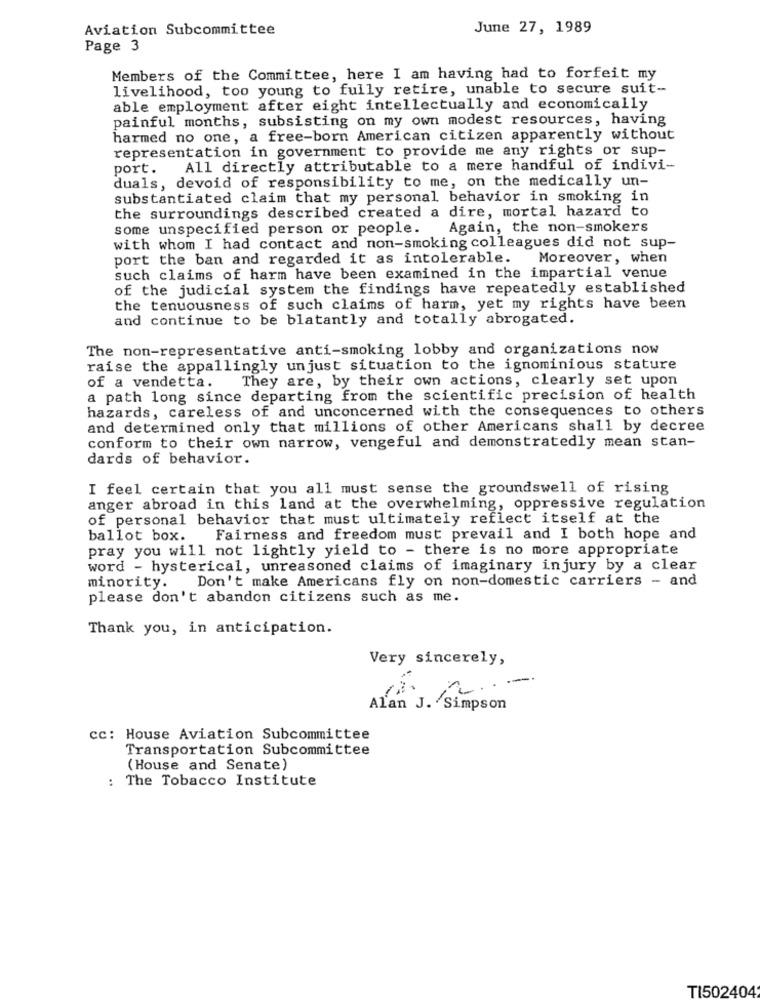
Aviation Subcommittee
June 27, 1989
Page 3
Members of the Committee, here I am having had to forfeit my
livelihood, too young to fully retire, unable to secure suit-
able employment after eight intellectually and economically
painful months, subsisting on my own modest resources, having
harmed no one, a free-born American citizen apparently without
representation in government to provide me any rights or sup-
port.
All directly attributable to a mere handful of indivi-
duals, devoid of responsibility to me, on the medically un-
substantiated claim that my personal behavior in smoking in
the surroundings described created a dire, mortal hazard to
some unspecified person or people.
Again, the non-smokers
with whom I had contact and non-smoking colleagues did not sup-
port the ban and regarded it as intolerable.
Moreover, when
such claims of harm have been examined in the impartial venue
of the judicial system the findings have repeatedly established
the tenuousness of such claims of harm, yet my rights have been
and continue to be blatantly and totally abrogated.
The non-representative anti-smoking lobby and organizations now
raise the appallingly unjust situation to the ignominious stature
They are, by their own actions, clearly set upon
of a vendetta.
a path long since departing from the scientific precision of health
hazards, careless of and unconcerned with the consequences to others
and determined only that millions of other Americans shall by decree
conform to their own narrow, vengeful and demonstratedly mean stan-
dards of behavior.
I feel certain that you all must sense the groundswell of rising
anger abroad in this land at the overwhelming, oppressive regulation
of personal behavior that must ultimately reflect itself at the
ballot box.
Fairness and freedom must prevail and I both hope and
pray you will not lightly yield to - there is no more appropriate
word - hysterical, unreasoned claims of imaginary injury by a clear
minority. Don't make Americans fly on non-domestic carriers - and
please don't abandon citizens such as me.
Thank you, in anticipation.
Very sincerely,
12.
2 .-
Alan J. Simpson
cc: House Aviation Subcommittee
Transportation Subcommittee
(House and Senate)
: The Tobacco Institute
TI502404